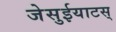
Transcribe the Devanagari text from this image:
जेसुईयाटस्